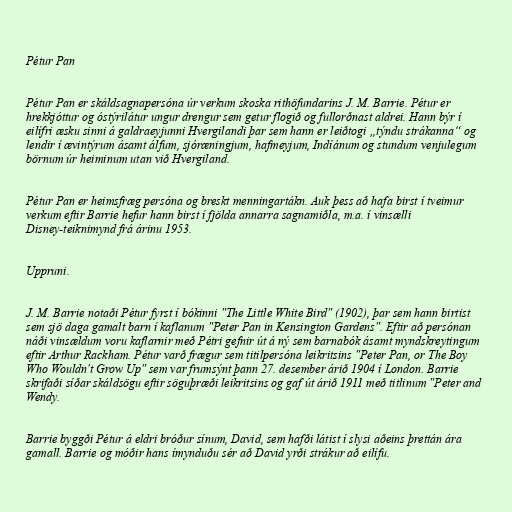
Pétur Pan

Pétur Pan er skáldsagnapersóna úr verkum skoska rithöfundarins J. M. Barrie. Pétur er
hrekkjóttur og óstýrilátur ungur drengur sem getur flogið og fullorðnast aldrei. Hann býr í
eilífri æsku sinni á galdraeyjunni Hvergilandi þar sem hann er leiðtogi „týndu strákanna“ og
lendir í ævintýrum ásamt álfum, sjóræningjum, hafmeyjum, Indíánum og stundum venjulegum
börnum úr heiminum utan við Hvergiland.

Pétur Pan er heimsfræg persóna og breskt menningartákn. Auk þess að hafa birst í tveimur
verkum eftir Barrie hefur hann birst í fjölda annarra sagnamiðla, m.a. í vinsælli
Disney-teiknimynd frá árinu 1953.

Uppruni.

J. M. Barrie notaði Pétur fyrst í bókinni "The Little White Bird" (1902), þar sem hann birtist
sem sjö daga gamalt barn í kaflanum "Peter Pan in Kensington Gardens". Eftir að persónan
náði vinsældum voru kaflarnir með Pétri gefnir út á ný sem barnabók ásamt myndskreytingum
eftir Arthur Rackham. Pétur varð frægur sem titilpersóna leikritsins "Peter Pan, or The Boy
Who Wouldn't Grow Up" sem var frumsýnt þann 27. desember árið 1904 í London. Barrie
skrifaði síðar skáldsögu eftir söguþræði leikritsins og gaf út árið 1911 með titlinum "Peter and
Wendy.

Barrie byggði Pétur á eldri bróður sínum, David, sem hafði látist í slysi aðeins þrettán ára
gamall. Barrie og móðir hans ímynduðu sér að David yrði strákur að eilífu.